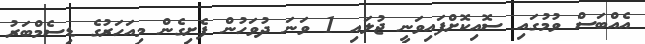
އެއްބަސް ވުމުގައި ސޮއިކޮށްފައިވަނީ ޖުލައި 1 ވަނަ ދުވަހުން ފެށިގެން މިއަހަރުގެ ޑިސެމްބަރު